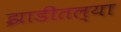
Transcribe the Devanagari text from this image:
झाडीतल्या